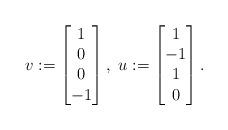
LaTeX: \begin{align*}v := \begin{bmatrix}1 \\ 0 \\ 0 \\ -1\end{bmatrix}, \ u := \begin{bmatrix}1 \\ -1 \\ 1 \\0\end{bmatrix}.\end{align*}